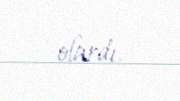
olardı.